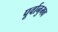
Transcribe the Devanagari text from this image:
पूर्वानुभव